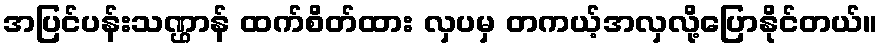
အပြင်ပန်းသဏ္ဌာန် ထက်စိတ်ထား လှပမှ တကယ့်အလှလို့ပြောနိုင်တယ်။